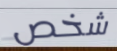
شخص